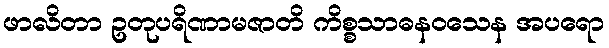
ဖာလိတာ ဥတုပရိဏာမဇာတိ ကိစ္စသာဓနဝသေန အပရော